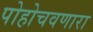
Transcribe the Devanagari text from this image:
पोहोचवणारा